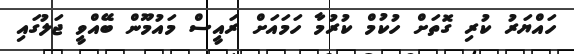
ހައްޔަރު ކުރި ގޮތަށް ހުކުމް ކުރުމާ ހަމައަށް ރައީސް މައުމޫން ބޭއްވީ ޖަލުގައި